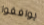
يوافقوا